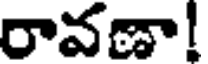
రావణా!